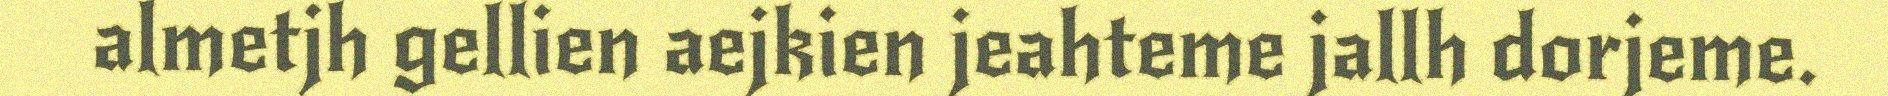
almetjh gellien aejkien jeahteme jallh dorjeme.